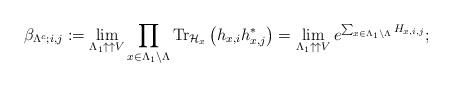
LaTeX: \begin{align*}\beta_{\Lambda^c;i,j}:=\lim_{\Lambda_{1}\uparrow\uparrow V}\prod_{x\in \Lambda_{1}\setminus\Lambda}\hbox{Tr}_{\mathcal{H}_{x}}\left(h_{x, i}h_{x, j}^* \right)=\lim_{\Lambda_{1}\uparrow\uparrow V}e^{\sum_{x\in \Lambda_{1}\setminus\Lambda} H_{x,i,j} };\end{align*}